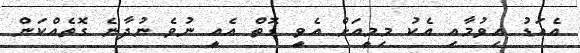
އެއަޑު އިވުމާއި އެކު މިމީއަށް އެވީ ގޮތް އެއީ ނުވެ ނުދާނެ ގޮތެއްކަން